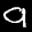
Label: 9